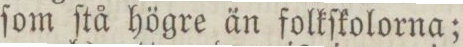
ſom ſtå högre än folkſkolorna;